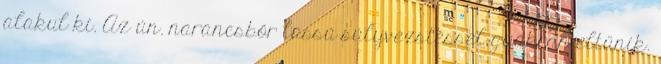
alakul ki. Az ún. narancsbőr lassú súlyvezstéssel gyakran eltűnik.